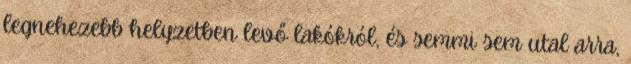
legnehezebb helyzetben levő lakókról, és semmi sem utal arra,